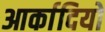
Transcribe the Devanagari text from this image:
आर्कादियो